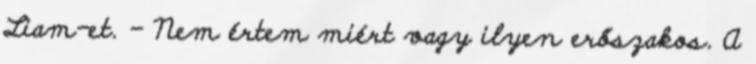
Liam-et. - Nem értem miért vagy ilyen erőszakos. A